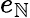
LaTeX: e_{\mathbb{N}}